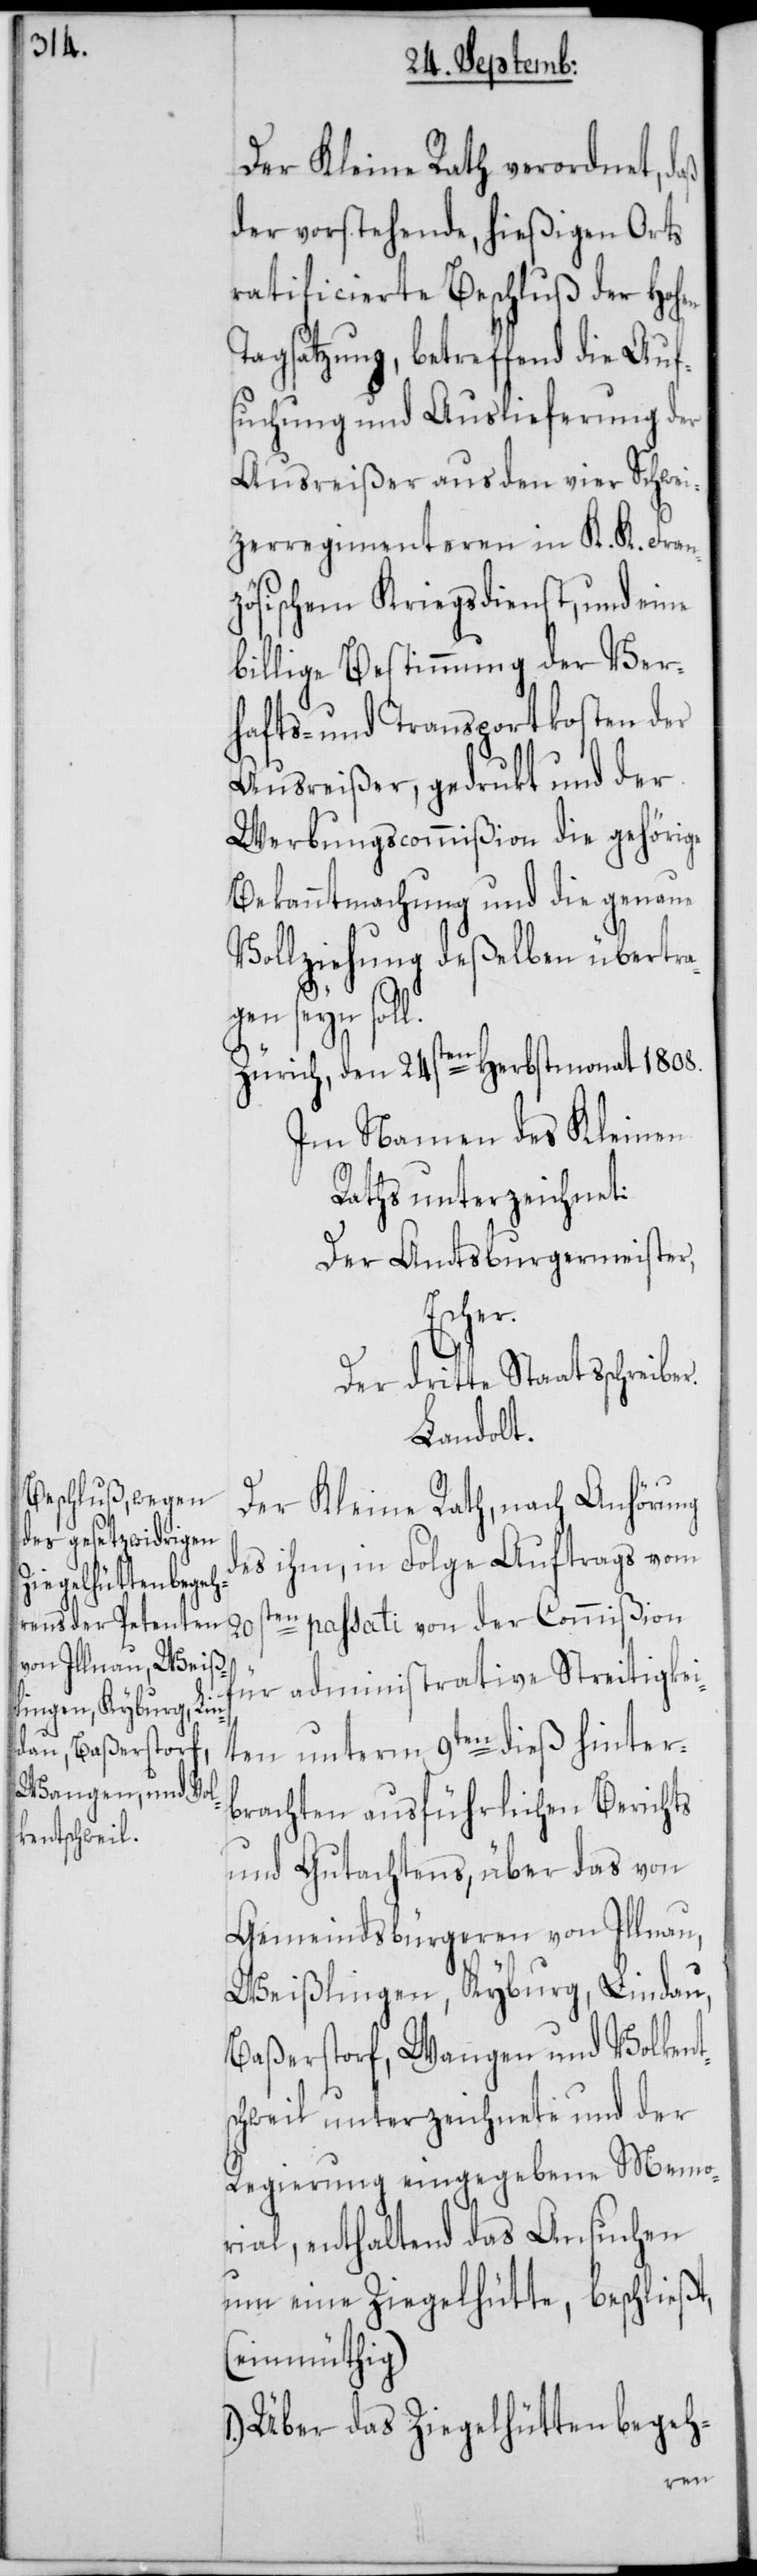
20s¬

Der Kleine Rath verordnet, daß
der vorstehende, hießigen Orts
ratificierte Beschluß der Hohen
Tagsatzung, betreffend die Auf¬
suchung und Auslieferung der
Ausreißer aus den vier Schwei¬
tzerregimenteren in K. K. Fran¬
zösischen Kriegsdienst, und eine
billige Bestimmung der Ver¬
hafts- und Transportkosten der
Ausreißer, gedrukt und der
Werbungscommißion die gehörige
Bekanntmachung und die genaue
Vollziehung deßelben übertrag¬
en seyn soll.
Zürich, den 24sten Herbstmonat 1808.
Im Namen des Kleinen
Raths unterzeichnet:
Der Amtsburgermeister,
Escher.
Der dritte Staatsschreiber.
Landolt.
Der Kleine Rath, nach Anhörung
des ihm, in Folge Auftrags vom
ten passati von der Commißion
für administrative Streitigkei¬
ten unterm 9ten dieß hinter¬
brachten ausführlichen Berichts
und Gutachtens, über das von
Gemeindsbürgeren von Illnau,
Weißlingen, Kyburg, Lindau,
Baßerstorf, Wangen und Volkent¬
schweil unterzeichnete und der
Regierung eingegebene Memo¬
rial, enthaltend das Ansuchen
um eine Ziegelhütte, beschließt,
(einmütig)
Über das Ziegelhüttenbegeh-